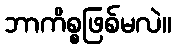
ဘာကိစ္စဖြစ်မလဲ။